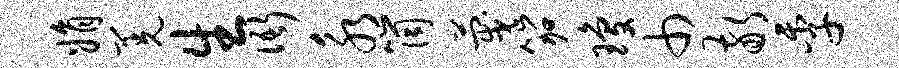
娟羌生衙永筒蔑笳琼巾敬季